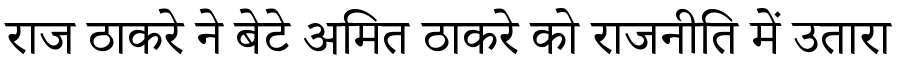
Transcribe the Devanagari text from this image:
राज ठाकरे ने बेटे अमित ठाकरे को राजनीति में उतारा